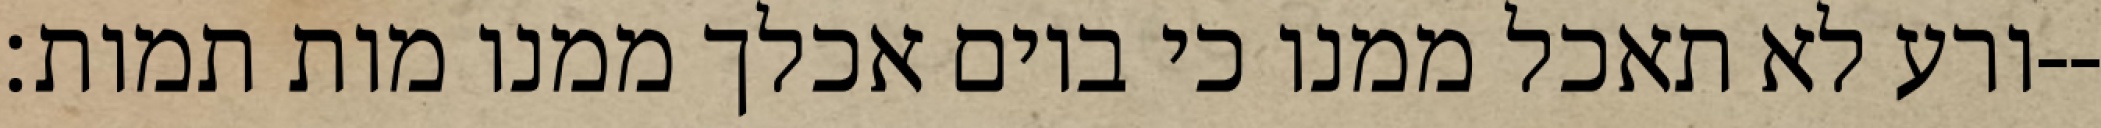
ורע לא תאכל ממנו כי ביום אכלך ממנו מות תמות׃--